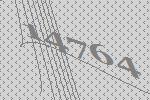
14764